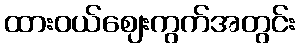
ထားဝယ်ဈေးကွက်အတွင်း